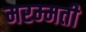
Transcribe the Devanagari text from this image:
मरम्‍मती